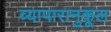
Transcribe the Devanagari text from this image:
व्यापारानुकूल